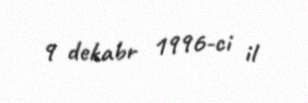
9 dekabr 1996-ci il